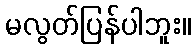
မလွတ်ပြန်ပါဘူး။